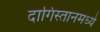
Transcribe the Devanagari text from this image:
दागिस्तानमध्ये